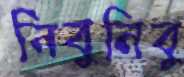
নিবুনিবু